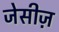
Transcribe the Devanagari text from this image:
जेसीज़